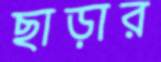
ছাড়ার